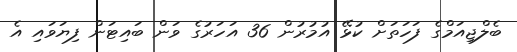
ބެލްޖިއަމްގެ ފަހަތަށް ކުޅޭ އުމުރުން 36 އަހަރުގެ ވަން ބައިޓަން ފިޔަވައި އެ